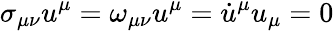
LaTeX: \sigma_{\mu\nu}u^{\mu}=\omega_{\mu\nu}u^{\mu}=\dot{u}^{\mu}u_{\mu}=0